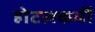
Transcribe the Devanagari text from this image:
होटलकर्मी